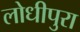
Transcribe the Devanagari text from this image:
लोधीपुरा